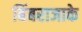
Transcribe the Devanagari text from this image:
बिंबराजाके